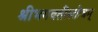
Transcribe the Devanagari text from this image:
श्रीभगवतीस्तोत्रम्